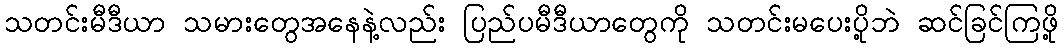
သတင်းမီဒီယာ သမားတွေအနေနဲ့လည်း ပြည်ပမီဒီယာတွေကို သတင်းမပေးပို့ဘဲ ဆင်ခြင်ကြဖို့